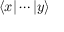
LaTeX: \langle x | \cdots | y \rangle